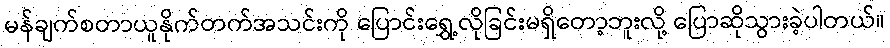
မန်ချက်စတာယူနိုက်တက်အသင်းကို ပြောင်းရွှေ့လိုခြင်းမရှိတော့ဘူးလို့ ပြောဆိုသွားခဲ့ပါတယ်။